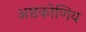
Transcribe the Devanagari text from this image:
अष्टकोणिय